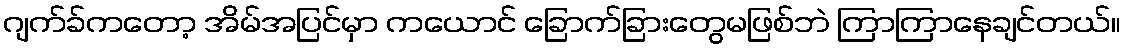
ဂျက်ခ်ကတော့ အိမ်အပြင်မှာ ကယောင် ခြောက်ခြားတွေမဖြစ်ဘဲ ကြာကြာနေချင်တယ်။